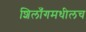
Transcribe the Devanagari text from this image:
शिलाँगमधीलच